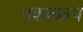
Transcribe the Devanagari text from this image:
दशकल्प